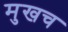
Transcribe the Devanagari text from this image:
मुखच